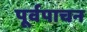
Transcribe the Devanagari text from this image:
पूर्वपाचन